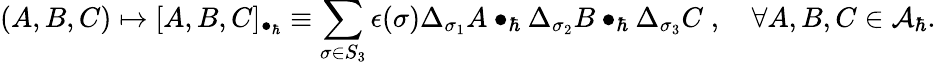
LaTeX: (A,B,C)\mapsto[A,B,C]_{\bullet_{\hbar}}\equiv\sum_{\sigma\in S_{3}}\epsilon(\sigma)\Delta_{\sigma_{1}}A\bullet_{\hbar}\Delta_{\sigma_{2}}B\bullet_{\hbar}\Delta_{\sigma_{3}}C\; ,\quad\forall A,B,C\in{\cal A}_{\hbar}.